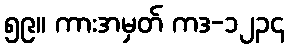
၅၉။ ကားအမှတ် ကဒ-၁၂၃၄